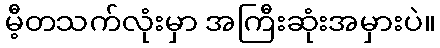
မီ့တသက်လုံးမှာ အကြီးဆုံးအမှားပဲ။